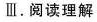
Ⅲ.阅读理解